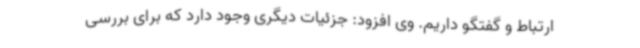
ارتباط و گفتگو داریم. وی افزود: جزئیات دیگری وجود دارد که برای بررسی